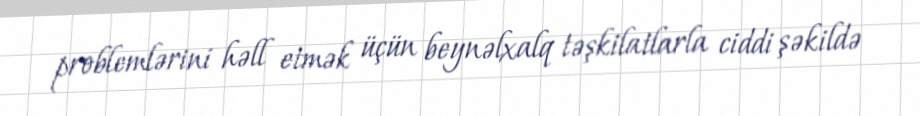
problemlərini həll etmək üçün beynəlxalq təşkilatlarla ciddi şəkildə